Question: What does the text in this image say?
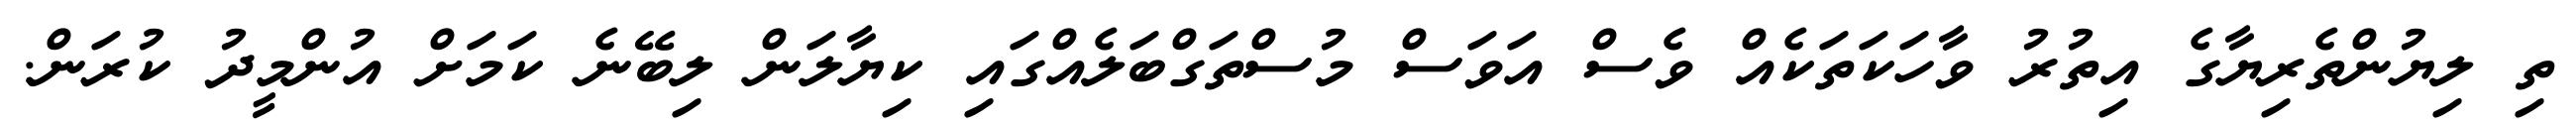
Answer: ތި ލިޔުންތެރިޔާގެ އިތުރު ވާހަކަތަކެއް ވެސް އަވަސް މުސްތަގްބަލެއްގައި ކިޔާލަން ލިބޭނެ ކަމަށް އުންމީދު ކުރަން.